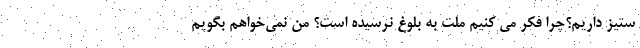
ستیز داریم؟چرا فکر می کنیم ملت به بلوغ نرسیده است؟ من نمی‌خواهم بگویم